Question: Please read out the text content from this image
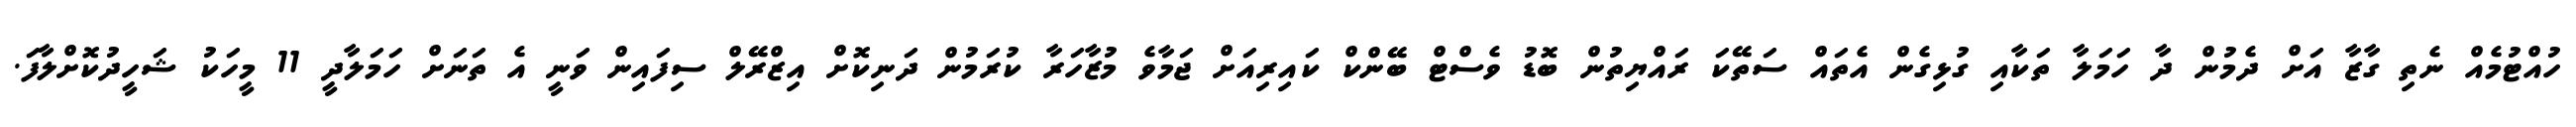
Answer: ހުއްޓުމެއް ނެތި ގާޒާ އަށް ދެމުން ދާ ހަމަލާ ތަކާއި ގުޅިގެން އެތައް ސަތޭކަ ރައްޔިތުން ބޮޑު ވެސްޓް ބޭންކް ކައިރިއަށް ޖަމާވެ މުޒާހަރާ ކުރަމުން ދަނިކޮށް އިޒްރޭލް ސިފައިން ވަނީ އެ ތަނަށް ހަމަލާދީ 11 މީހަކު ޝަހީދުކޮށްލާފަ.